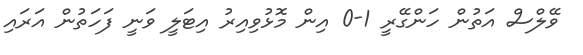
ވޭލްސް އަތުން ހަންގޭރީ 1-0 އިން މޮޅުވިއިރު އިޓަލީ ވަނީ ފަހަތުން އަރައި